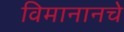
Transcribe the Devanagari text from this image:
विमानानचे